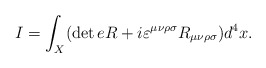
\begin{align*}I=\int_X (\det e R+i\varepsilon^{\mu\nu\rho\sigma}R_{\mu\nu\rho\sigma})d^4x.\end{align*}